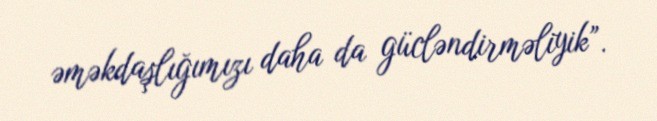
əməkdaşlığımızı daha da gücləndirməliyik”.